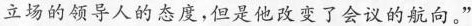
立场的领导人的态度，但是他改变了会议的航向。”